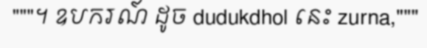
"""។ ឧបករណ៍ ដូច dudukdhol នេះ zurna,"""